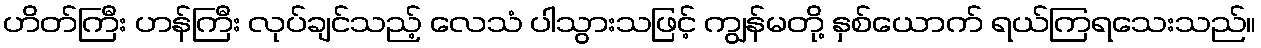
ဟိတ်ကြီး ဟန်ကြီး လုပ်ချင်သည့် လေသံ ပါသွားသဖြင့် ကျွန်မတို့ နှစ်ယောက် ရယ်ကြရသေးသည်။